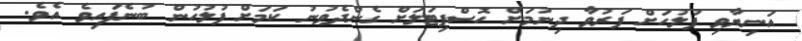
އަނިޔާވި ފުލުހަށް ފަރުވާ ދިނުމަށް ހޮސްޕިޓަލަށް ގެންދެވުނު ކަމަށް ފުލުހުން ބުނެފައިވެ އެވެ.